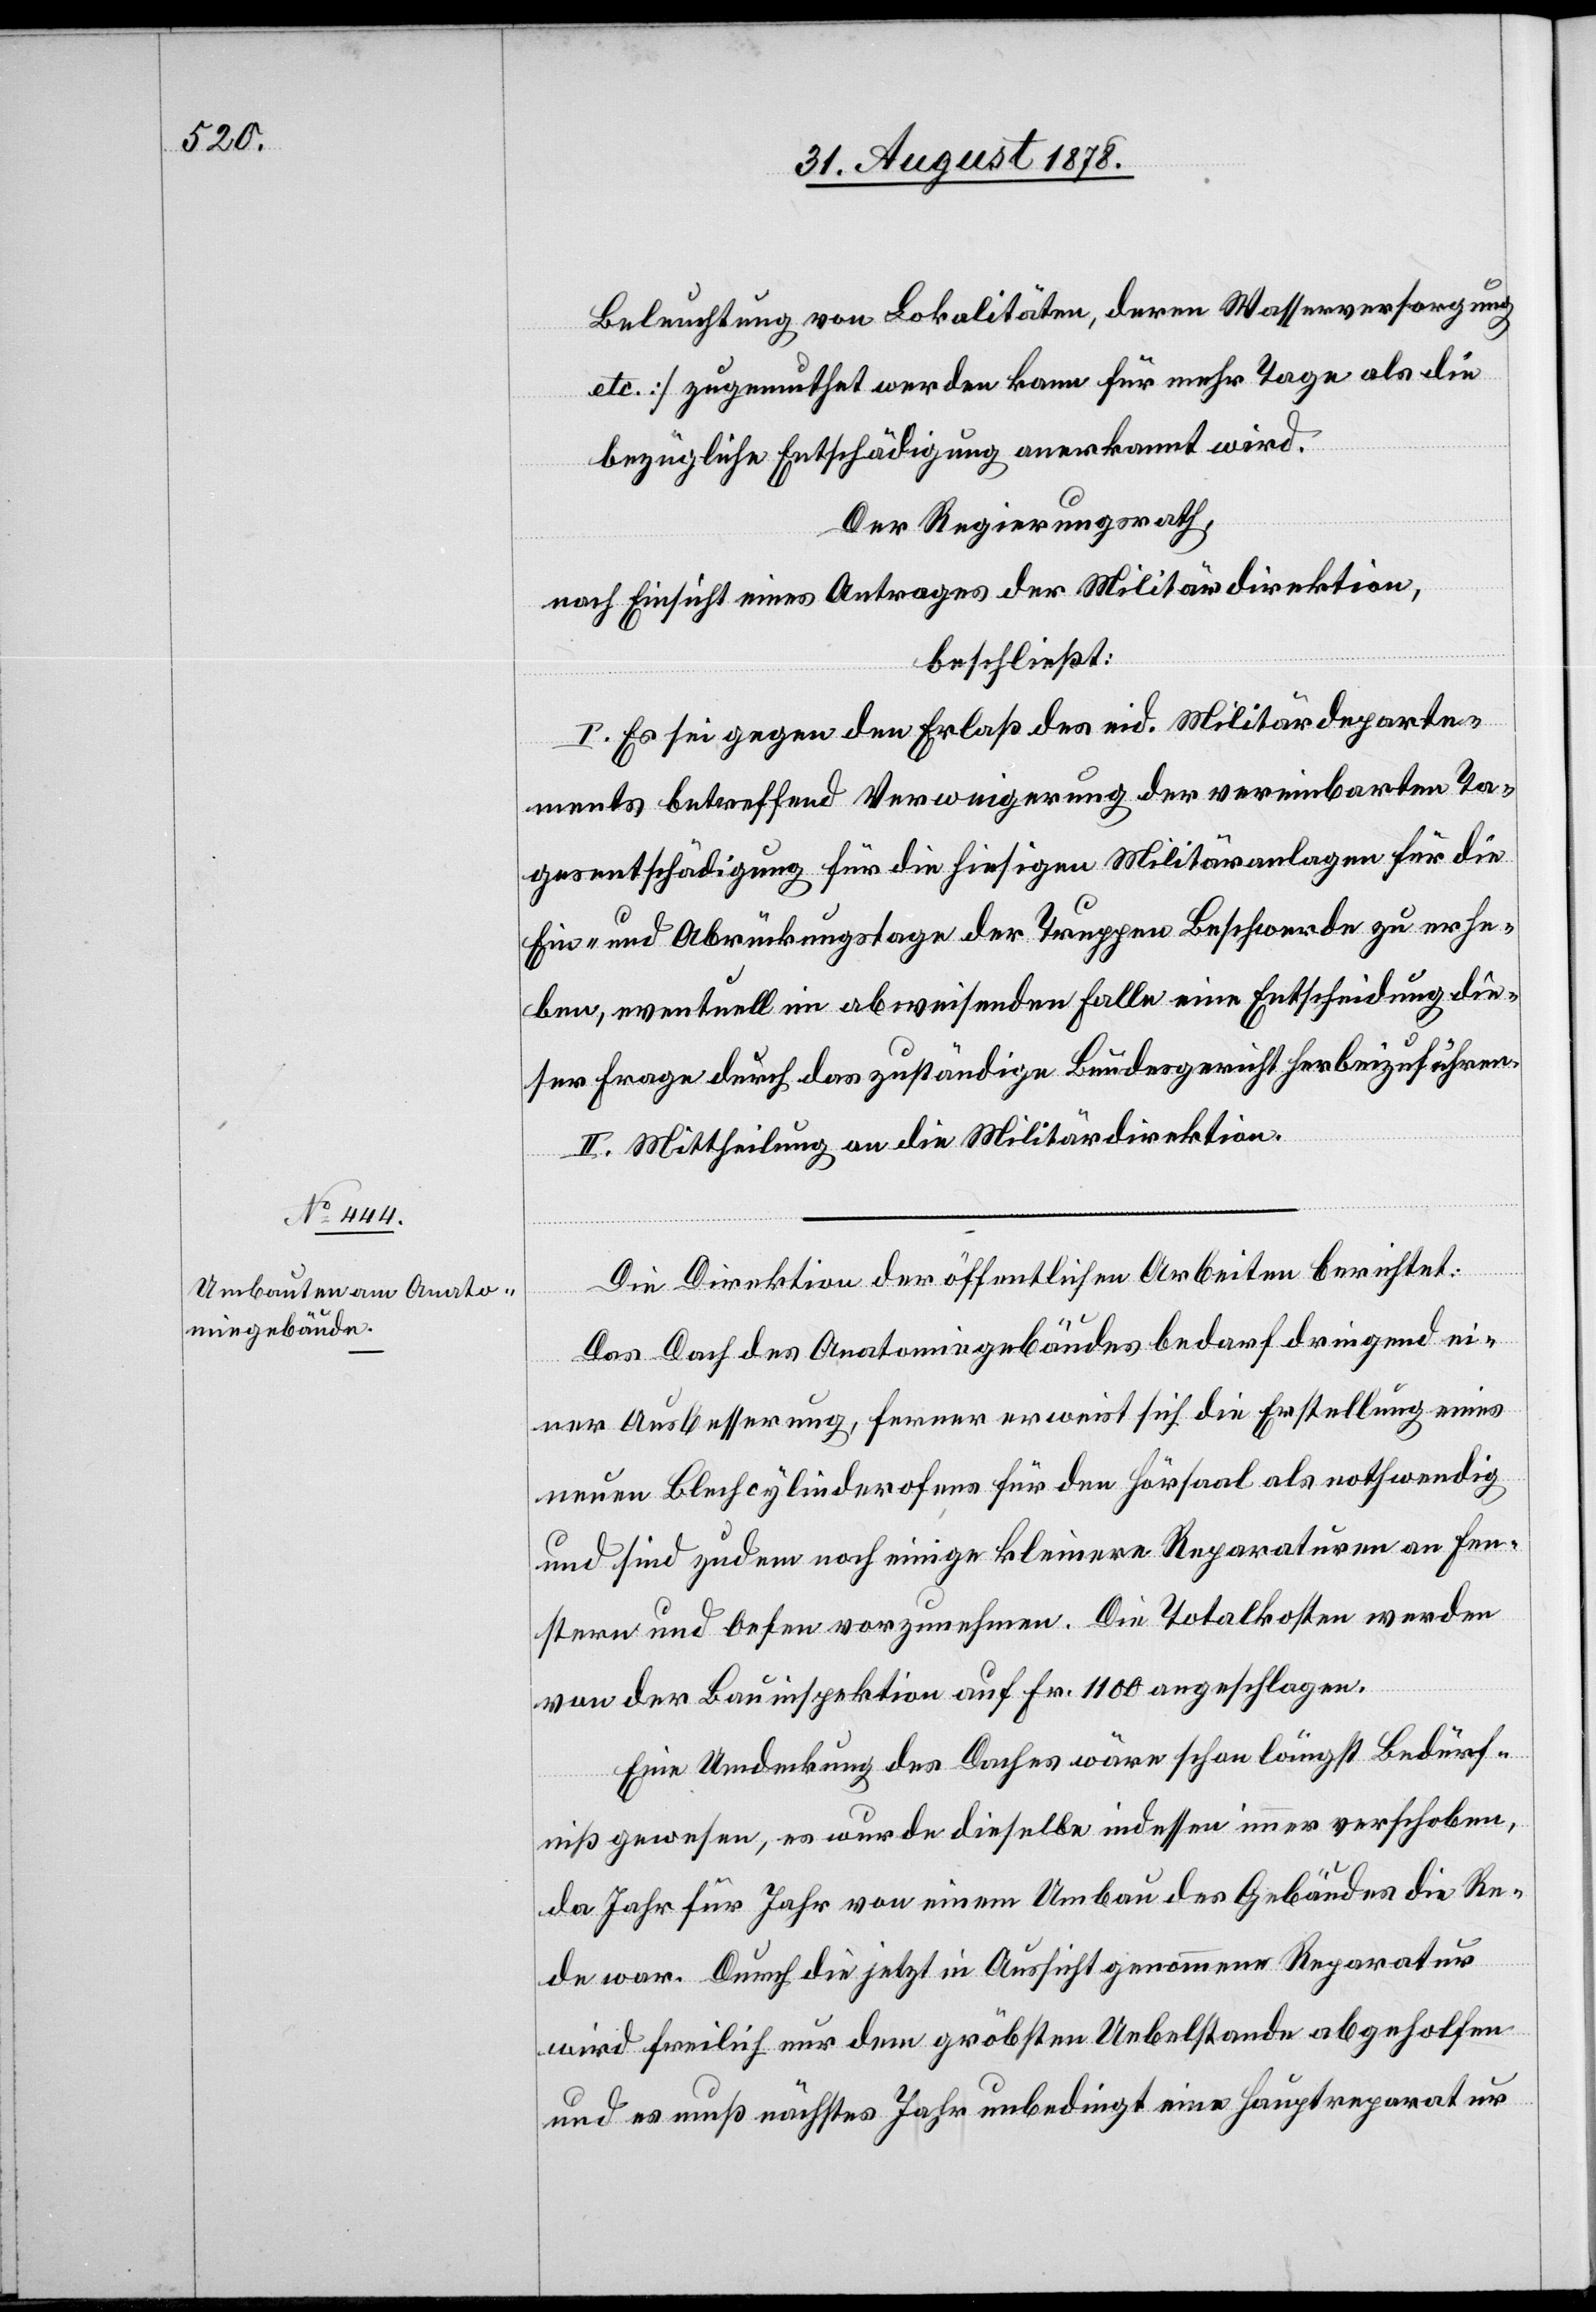
Beleuchtung von Lokalitäten, deren Wasserversorgung
etc.] zugemuthet werden kann für mehr Tage als die
bezügliche Entschädigung anerkannt wird.
Der Regierungsrath,
nach Einsicht eines Antrages der Militärdirektion,
beschließt:
I. Es sei gegen den Erlaß des eid. Militärdeparte¬
ments betreffend Verweigerung der vereinbarten Ta¬
gesentschädigung für die hiesigen Militäranlagen für die
Ein- und Abrückungstage der Truppen Beschwerde zu erhe¬
ben, eventuell im abweisenden Falle eine Entscheidung die¬
ser Frage durch das zuständige Bundesgericht herbeizuführen.
II. Mittheilung an die Militärdirektion.
Die Direktion der öffentlichen Arbeiten berichtet:
Das Dach des Anatomiegebäudes bedarf dringend ei¬
ner Ausbesserung, ferner erweist sich die Erstellung eines
neuen Blechcylinderofens für den Hörsaal als nothwendig
und sind zudem noch einige kleinere Reparaturen an Fen¬
stern und Oefen vorzunehmen. Die Totalkosten werden
von der Bauinspektion auf Fr. 1100 angeschlagen.
eine Umdeckung des Daches wäre schon längst Bedürf¬
niß gewesen, es wurde dieselbe indessen immer verschoben,
da Jahr für Jahr von einem Umbau des Gebäudes die Re¬
de war. Durch die jetzt in Aussicht genommene Reparatur
wird freilich nur dem gröbsten Uebelstande abgeholfen
und es muß nächstes Jahr unbedingt eine Hauptreparatur